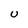
Character: U